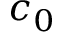
c _ { 0 }